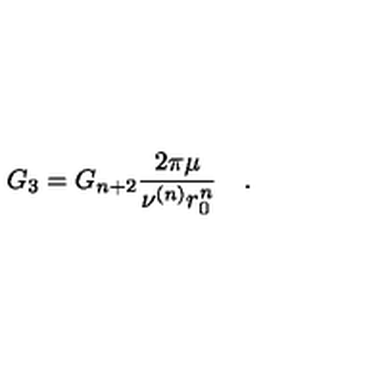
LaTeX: G _ { 3 } = G _ { n + 2 } \frac { 2 \pi \mu } { \nu ^ { ( n ) } r _ { 0 } ^ { n } } \quad .